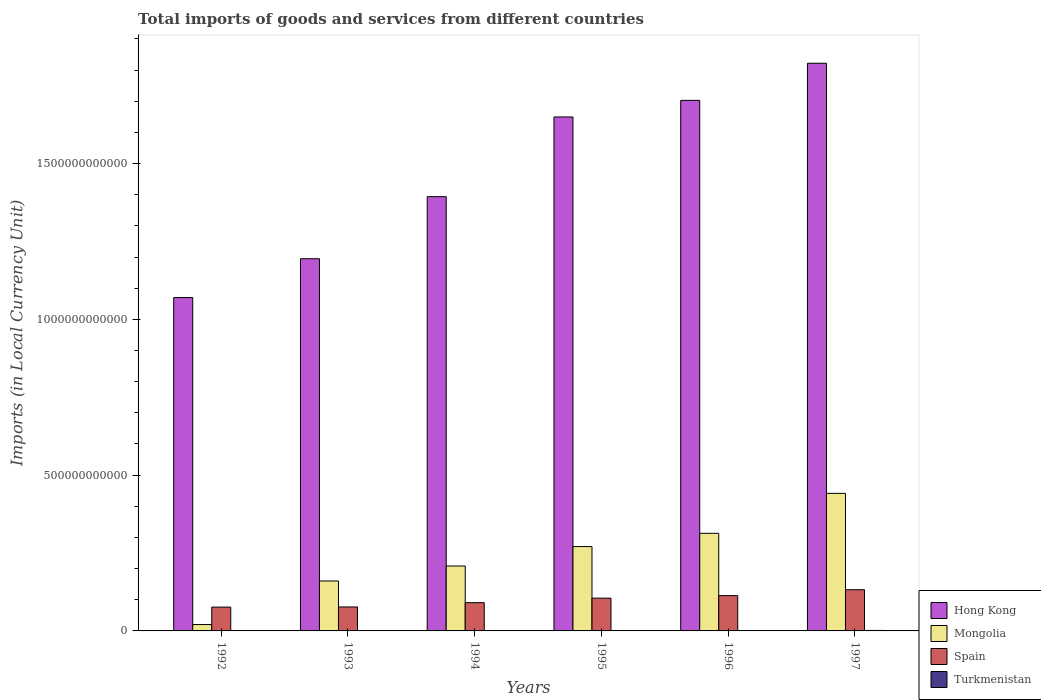
| Years | Hong Kong | Mongolia | Spain | Turkmenistan |
 | --- | --- | --- | --- | --- |
 | 1992 | 1.07e+12 | 2.04e+10 | 7.65e+10 | 6.11e+04 |
 | 1993 | 1.19e+12 | 1.6e+11 | 7.69e+10 | 1.23e+06 |
 | 1994 | 1.39e+12 | 2.08e+11 | 9.07e+10 | 1.49e+07 |
 | 1995 | 1.65e+12 | 2.71e+11 | 1.05e+11 | 1.1e+08 |
 | 1996 | 1.7e+12 | 3.13e+11 | 1.13e+11 | 1.17e+09 |
 | 1997 | 1.82e+12 | 4.42e+11 | 1.32e+11 | 1.52e+09 |